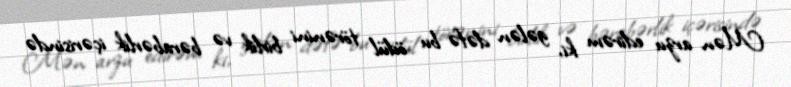
Mən arzu edirəm ki, gələn dəfə bu ödül törənini birlik və bərabərlik içərisində